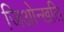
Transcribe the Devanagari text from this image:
जिओन्खलि